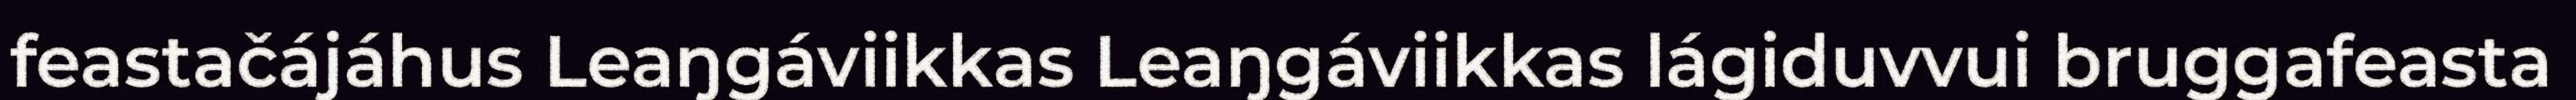
feastačájáhus Leaŋgáviikkas Leaŋgáviikkas lágiduvvui bruggafeasta